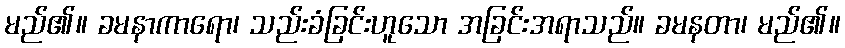
မည်၏။ ခမနာကာရော၊ သည်းခံခြင်းဟူသော အခြင်းအရာသည်။ ခမနတာ၊ မည်၏။